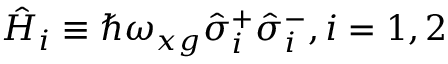
\hat { H } _ { i } \equiv \hbar \omega _ { x g } \hat { \sigma } _ { i } ^ { + } \hat { \sigma } _ { i } ^ { - } , i = 1 , 2